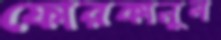
ফোরকানুল